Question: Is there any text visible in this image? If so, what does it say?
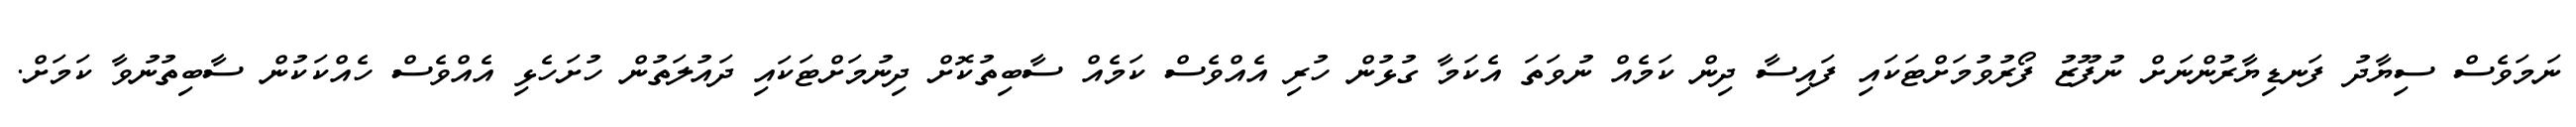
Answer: ނަމަވެސް ސިޔާދު ފަނޑިޔާރުންނަށް ނުފޫޒު ފޯރުވުމަށްޓަކައި ފައިސާ ދިން ކަމެއް ނުވަތަ އެކަމާ ގުޅުން ހުރި އެއްވެސް ކަމެއް ސާބިތުކޮށް ދިނުމަށްޓަކައި ދައުލަތުން ހުށަހެޅި އެއްވެސް ހެއްކަކުން ސާބިތުނުވާ ކަމަށް.